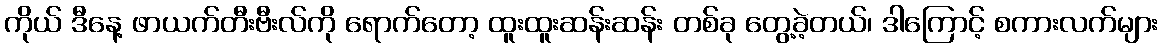
ကိုယ် ဒီနေ့ ဖာယက်တီးဗီးလ်ကို ရောက်တော့ ထူးထူးဆန်းဆန်း တစ်ခု တွေ့ခဲ့တယ်၊ ဒါကြောင့် စကားလက်များ